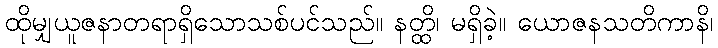
ထိုမျှယူဇနာတရာရှိသောသစ်ပင်သည်။ နတ္ထိ၊ မရှိခဲ့။ ယောဇနသတိကာနိ၊